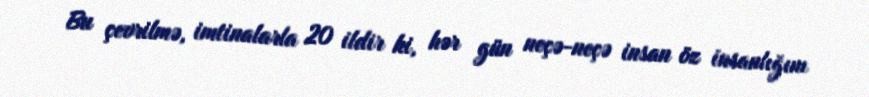
Bu çevrilmə, imtinalarla 20 ildir ki, hər gün neçə-neçə insan öz insanlığını